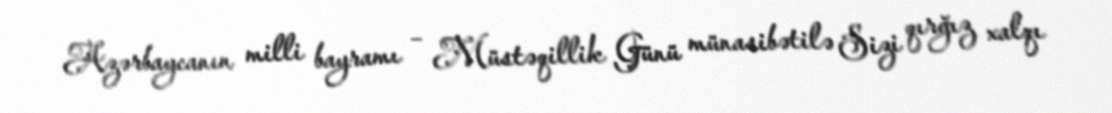
Azərbaycanın milli bayramı – Müstəqillik Günü münasibətilə Sizi qırğız xalqı